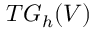
T G _ { h } ( V )